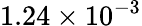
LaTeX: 1.24\times 10^{-3}